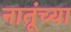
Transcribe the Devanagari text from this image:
नातूंच्या